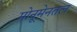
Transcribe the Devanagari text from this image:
मोनूमेनतल